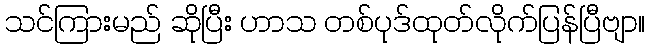
သင်ကြားမည် ဆိုပြီး ဟာသ တစ်ပုဒ်ထုတ်လိုက်ပြန်ပြီဗျာ။